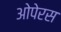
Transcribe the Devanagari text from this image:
ओपेरस